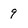
Character: 9